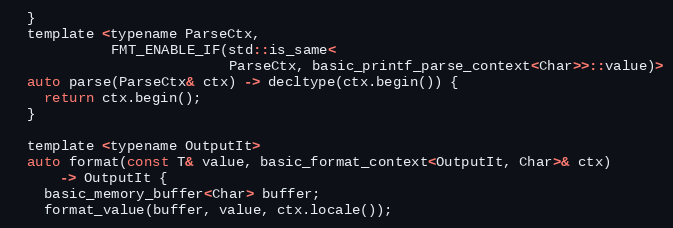
Language: C
  }
  template <typename ParseCtx,
            FMT_ENABLE_IF(std::is_same<
                          ParseCtx, basic_printf_parse_context<Char>>::value)>
  auto parse(ParseCtx& ctx) -> decltype(ctx.begin()) {
    return ctx.begin();
  }

  template <typename OutputIt>
  auto format(const T& value, basic_format_context<OutputIt, Char>& ctx)
      -> OutputIt {
    basic_memory_buffer<Char> buffer;
    format_value(buffer, value, ctx.locale());